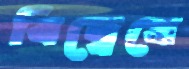
বিদ্বেষে